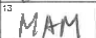
Transcription: MAM